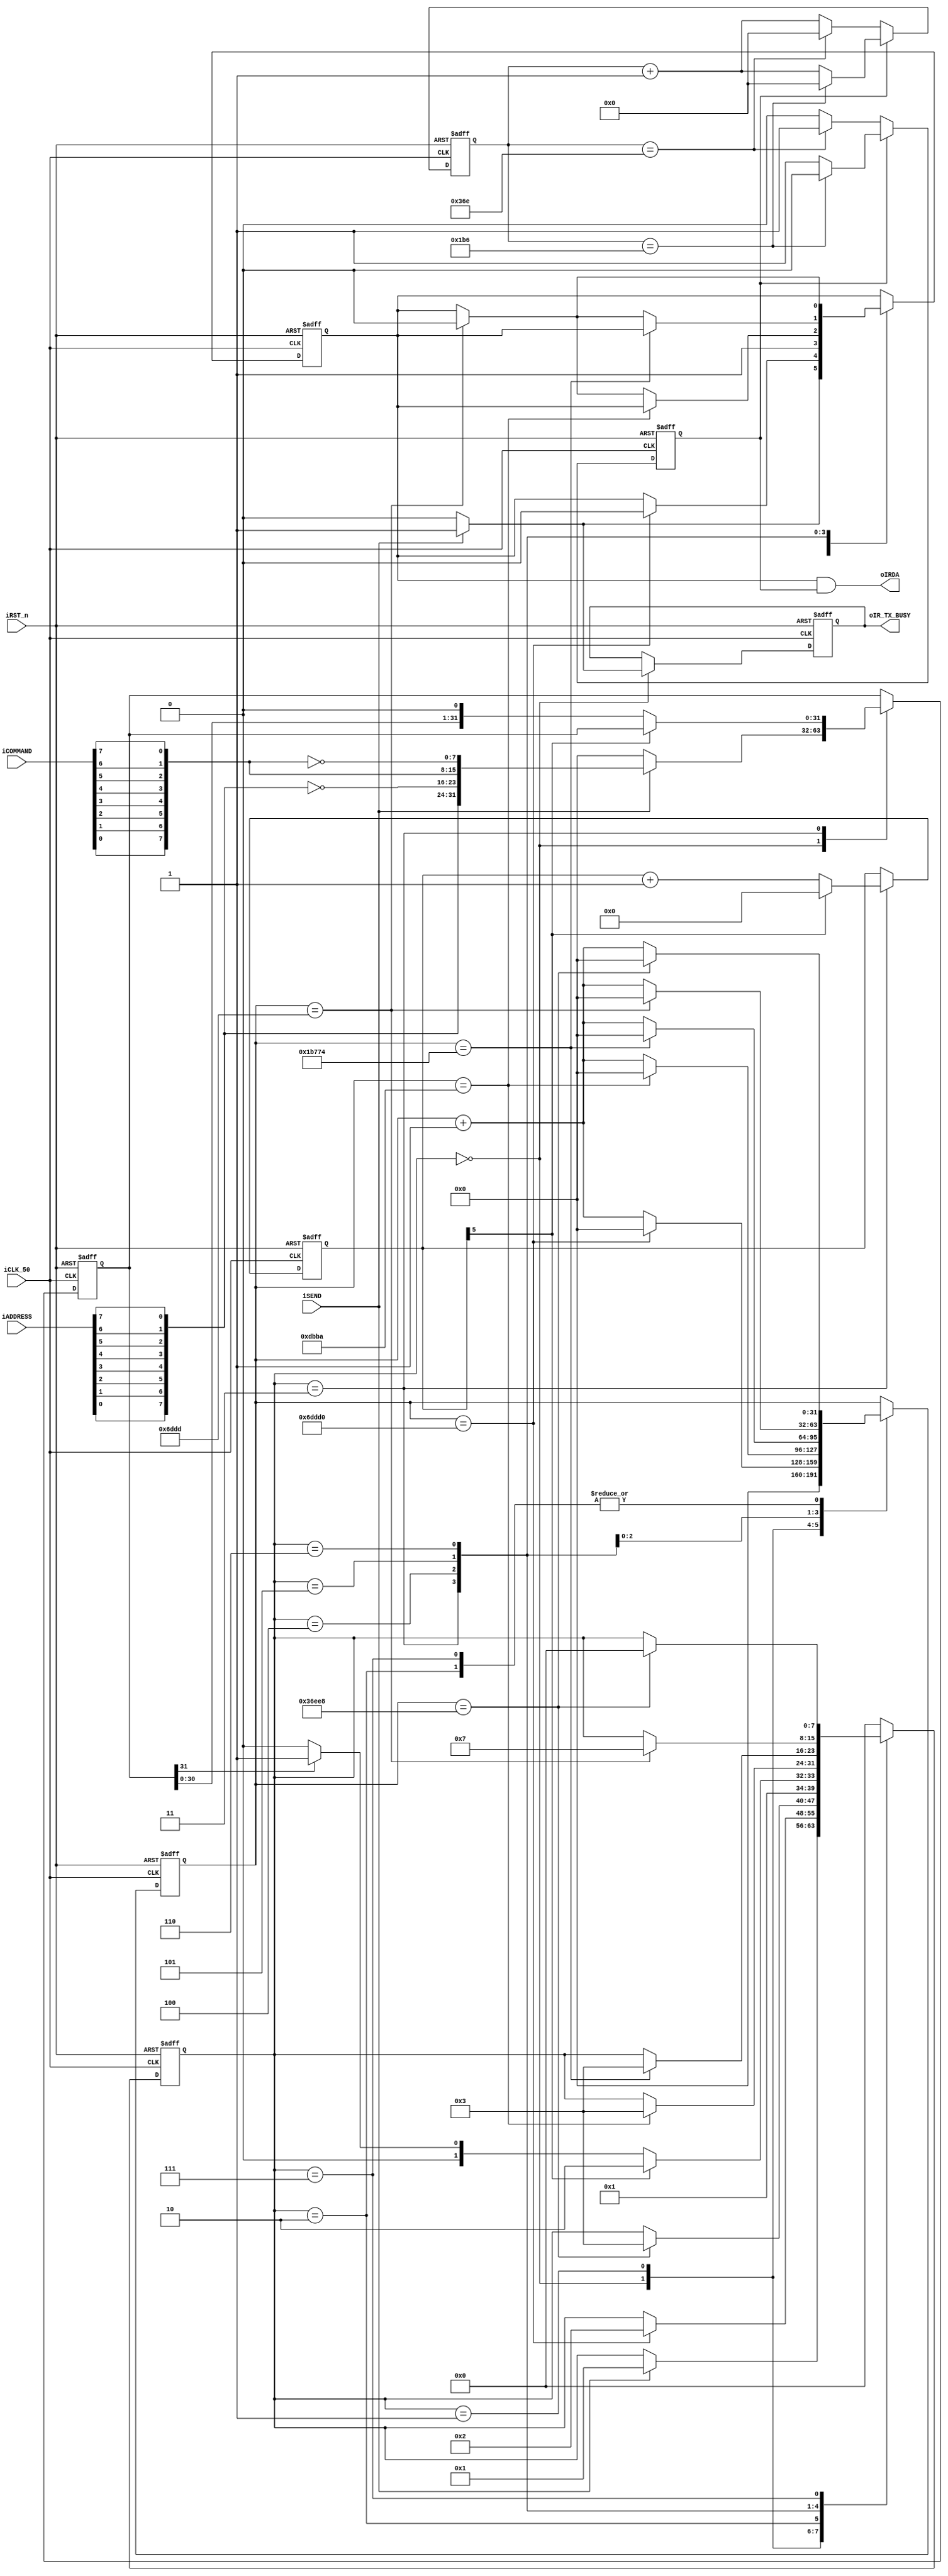
// NEC protocol.
module IR_TRANSMITTER_Terasic(

input 	       iCLK_50,          //iCLK = 50MHz
input           iRST_n,

 //Send data will add their inverted data,LSB first(NEC protocol). you can impelement your own format if needed
input  [7:0]    iADDRESS, // 8bits Address 
input  [7:0]    iCOMMAND, // 8bits Command
input           iSEND,

output reg      oIR_TX_BUSY,
output          oIRDA		
					);
					
//protocol control.  

//NEC protocol.
parameter LEADER_HIGH_DUR   =  450000;	 //     450000 *0.02us = 9ms
parameter LEADER_LOW_DUR    =  225000;	 //     225000 *0.02us = 4.5ms
parameter DATA_HIGH_DUR     =  112500;	 //     112500 *0.02us = 2.25ms
parameter DATA_LOW_DUR      =  56250;	 //     56250 *0.02us  = 1.125ms
parameter PULSE_DUR         =  28125;	 //     28125 *0.02us  = 562.25us
// user define
parameter TIME_WAIT         =  225000;	 //     4.5ms // add this wait time for make sure .this sending period doesn't disturb the next 

//localparam
localparam TX_IDLE          = 0;
localparam TX_LEDAER_HIGH   = 1;
localparam TX_LEDAER_LOW    = 2;
localparam TX_DATA          = 3;
localparam TX_0             = 4;
localparam TX_1             = 5;
localparam TX_STOP          = 6;
localparam TX_WAIT          = 7; 

					
					
					
// you can impelement a fifo to queue the sending datas.
reg          oIRDA_out;		

reg [7:0]    tx_status;
reg [31:0]   send_data;		
reg [5:0]    send_count;
reg [31:0]   time_count;

//////////////////////////////
// generate a 38KHz 1/3 duty cycle  carrier wave
reg [9:0]    clk_38K_count;
reg          clk_38K;
// duty cycle 1/3
always @ (posedge iCLK_50 or negedge iRST_n)
 begin
    if(!iRST_n) begin
          clk_38K <= 1'b0;
	       clk_38K_count <= 'b0;
			 
	 end 
	 else begin
	    
		 if(clk_38K) begin   
	 
	        if(clk_38K_count == 438) begin
		       clk_38K       <= 1'b0;
	          clk_38K_count <= 'b0;
		     end else begin
		  	    clk_38K_count <= clk_38K_count + 1'b1;
		    end
		 end else begin
		 
	        if(clk_38K_count == 878) begin
		       clk_38K       <= 1'b1;
	          clk_38K_count <= 'b0;
		     end else begin
		  	    clk_38K_count <= clk_38K_count + 1'b1;
		    end
		 
		 end
	 
	end
end

assign oIRDA = oIRDA_out & clk_38K;

//  tx state machine
always @ (posedge iCLK_50 or negedge iRST_n)
 begin 
    if(!iRST_n) begin
	      time_count  <= 'b0;
	      tx_status   <= TX_IDLE;
			send_data   <= 32'b0;
			send_count  <= 6'b0;
			oIR_TX_BUSY <= 1'b0;
			oIRDA_out <= 1'b0;
	 end else begin
	 
	    case(tx_status) 
		 
		   TX_IDLE:   
			    if(iSEND) begin
				    tx_status   <= TX_LEDAER_HIGH;
					 oIR_TX_BUSY <= 1'b1;
					
					// User can change the data format if they needed.
					// e.g.  tearsic IR remote :  vendor(16bits) + KEY(8bits)+ inverted KEY (8bits)
					 send_data <= {{iADDRESS[0],iADDRESS[1],iADDRESS[2],iADDRESS[3],iADDRESS[4],iADDRESS[5],iADDRESS[6],iADDRESS[7]}, //  Address  LSB first
                             ~{iADDRESS[0],iADDRESS[1],iADDRESS[2],iADDRESS[3],iADDRESS[4],iADDRESS[5],iADDRESS[6],iADDRESS[7]}, //inverted 
						  	         {iCOMMAND[0],iCOMMAND[1],iCOMMAND[2],iCOMMAND[3],iCOMMAND[4],iCOMMAND[5],iCOMMAND[6],iCOMMAND[7]}, //  Command  LSB first
						     	     ~{iCOMMAND[0],iCOMMAND[1],iCOMMAND[2],iCOMMAND[3],iCOMMAND[4],iCOMMAND[5],iCOMMAND[6],iCOMMAND[7]} // inverted 
				                };
									 
					 oIRDA_out      <= 1'b1; // leader 9ms high start.
                time_count <= 'b0;
				end else begin
					oIRDA_out <= 1'b0;
					oIR_TX_BUSY <= 1'b0;
               send_data   <= 'b0;
					time_count  <= 'b0;
				end
			
			TX_LEDAER_HIGH: // send leader code    9ms high + 4.5ms low
			     if(time_count == LEADER_HIGH_DUR) begin
				        time_count  <= 'b0;
						  tx_status   <= TX_LEDAER_LOW;
						  oIRDA_out       <= 1'b0; //
				  end else begin
				      time_count <= time_count + 1'b1;
              end
			TX_LEDAER_LOW: // send leader code    4.5ms low
			     if(time_count == LEADER_LOW_DUR) begin
				        time_count  <= 'b0;
						  tx_status   <= TX_DATA;
				  end else begin
				      time_count <= time_count + 1'b1;
              end
				  
			TX_DATA:  // ADDRESS + /ADDRESS + DATA + /DATA  ,LSB first.  
			
			     if(send_count[5]) begin  // all datas sent.
				  
				     send_count <= 6'b0;
				     tx_status   <=  TX_STOP;
					  oIRDA_out       <= 1'b1; 
				  end else begin
				  
				  	  send_count <= send_count + 1'b1;
					  
					  if(send_data[31]) tx_status  <=  TX_1;
					  else              tx_status  <=  TX_0;

                 send_data <= {send_data[30:0],1'b0};
					  
					  oIRDA_out       <= 1'b1; //
				  end
		
			
			TX_0: // send data 0

				  if(time_count == DATA_LOW_DUR) begin
				  		time_count  <= 'b0;
						tx_status   <= TX_DATA;
				  end
				  else if(time_count == PULSE_DUR) begin
					  oIRDA_out       <= 1'b0; 
				     time_count <= time_count + 1'b1;
				  end else begin
				      time_count <= time_count + 1'b1;
              end
			
			TX_1: // send data 1
				  if(time_count == DATA_HIGH_DUR) begin
				  		time_count  <= 'b0;
						tx_status   <= TX_DATA;
				  end
				  else if(time_count == PULSE_DUR) begin
					  oIRDA_out       <= 1'b0; 
				     time_count <= time_count + 1'b1;
				  end else begin
				      time_count <= time_count + 1'b1;
              end
			TX_STOP:
             if(time_count == PULSE_DUR) begin
					   oIRDA_out  <= 1'b0; 
					  	tx_status  <= TX_WAIT;
						time_count <= 'b0;
				  end else begin
				      time_count <= time_count + 1'b1;
             end
			TX_WAIT:
             if(time_count == TIME_WAIT) begin
    				  	tx_status  <= TX_IDLE;
						time_count <= 'b0;
				  end else begin
				      time_count <= time_count + 1'b1;
             end
			default: tx_status   <= TX_IDLE;

	   endcase
	end
 end
					

endmodule